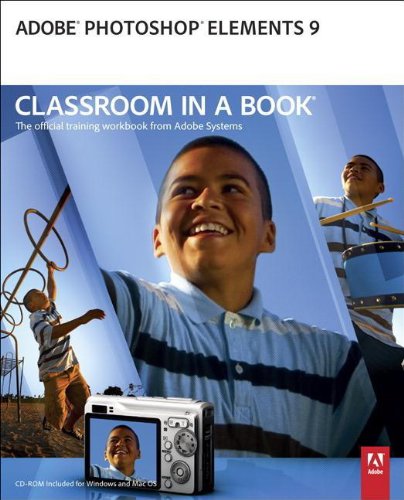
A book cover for Adobe Photoshop Elements 9 Classroom in a Book; Adobe Creative Team; Computers & Technology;